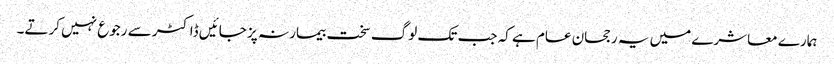
ہمارے معاشرے میں یہ رجحان عام ہے کہ جب تک لوگ سخت بیمار نہ پز جائیں ڈاکٹر سے رجوع نہیں کرتے۔